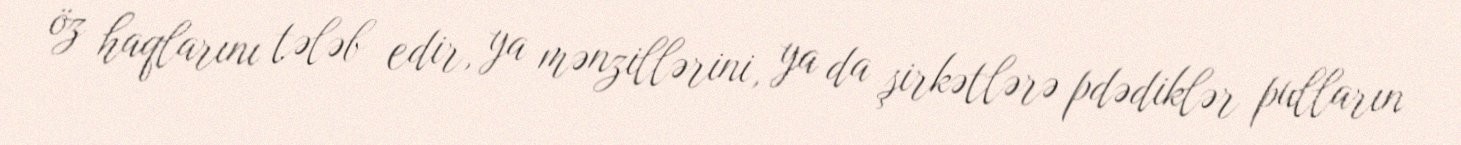
öz haqlarını tələb edir, ya mənzillərini, ya da şirkətlərə pdədiklər pulların